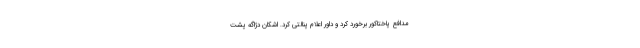
مدافع پاختاکور برخورد کرد و داور اعلام پنالتی کرد. اشکان دژاگه پشت